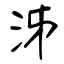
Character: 泲